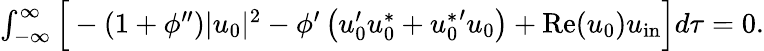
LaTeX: \begin{array}{r}{\int_{-\infty}^{\infty}\Big[-(1+\phi^{\prime\prime})|u_{0}|^{2}-\phi^{\prime}\left(u_{0}^{\prime}u_{0}^{*}+{u_{0}^{*}}^{\prime}u_{0}\right)+\mathrm{Re}(u_{0})u_{\mathrm{in}}\Big]d\tau=0.}\end{array}